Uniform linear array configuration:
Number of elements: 64
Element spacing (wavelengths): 0.75
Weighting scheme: exponential
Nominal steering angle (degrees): -45
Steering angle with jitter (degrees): -43.455
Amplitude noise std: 0.05
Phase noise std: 0.05

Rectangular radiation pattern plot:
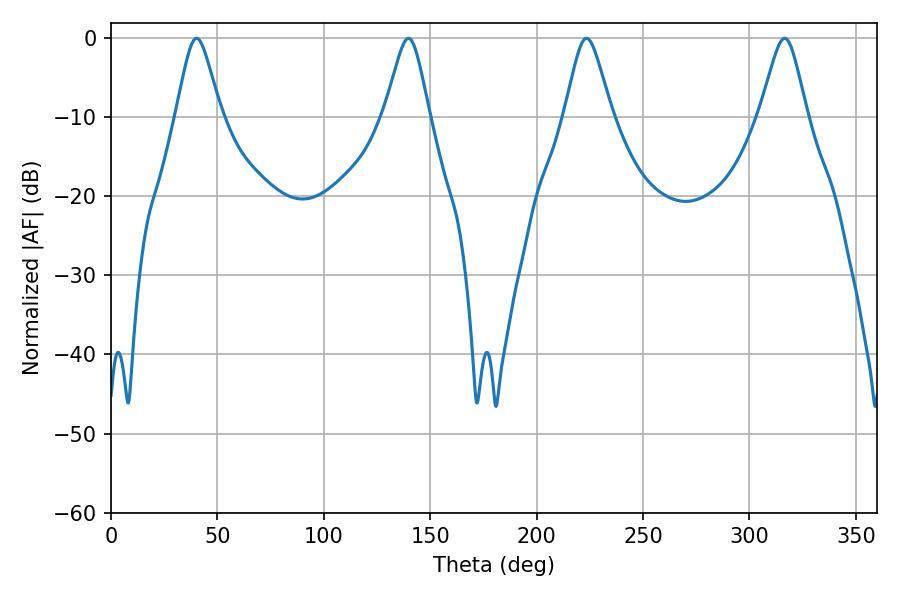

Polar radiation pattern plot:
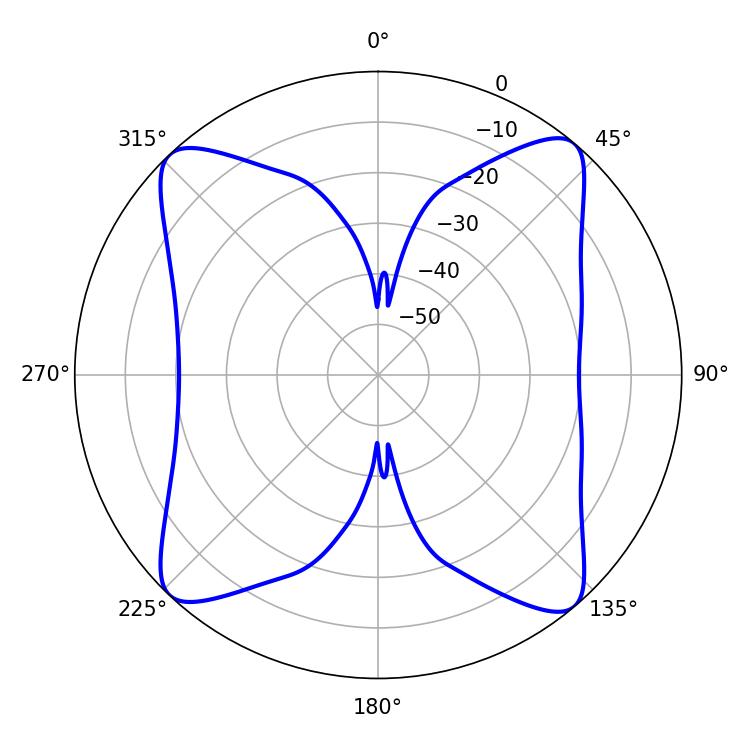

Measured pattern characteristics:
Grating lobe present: TRUE
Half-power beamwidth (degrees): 10.62
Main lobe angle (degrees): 223.38